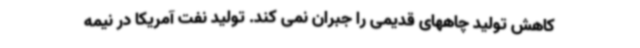
کاهش تولید چاههای قدیمی را جبران نمی کند. تولید نفت آمریکا در نیمه